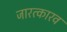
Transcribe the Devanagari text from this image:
जारत्कारव